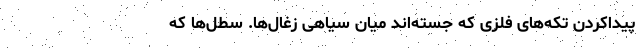
پیداکردن تکه‌‌های فلزی که جَسته‌اند میان سیاهی زغال‌ها. سطل‌ها که